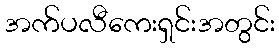
အက်ပလီကေးရှင်းအတွင်း